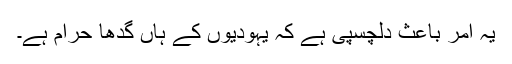
یہ امر باعثِ دلچسپی ہے کہ یہودیوں کے ہاں گدھا حرام ہے۔